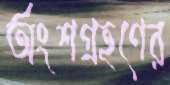
অংশগ্রহণের